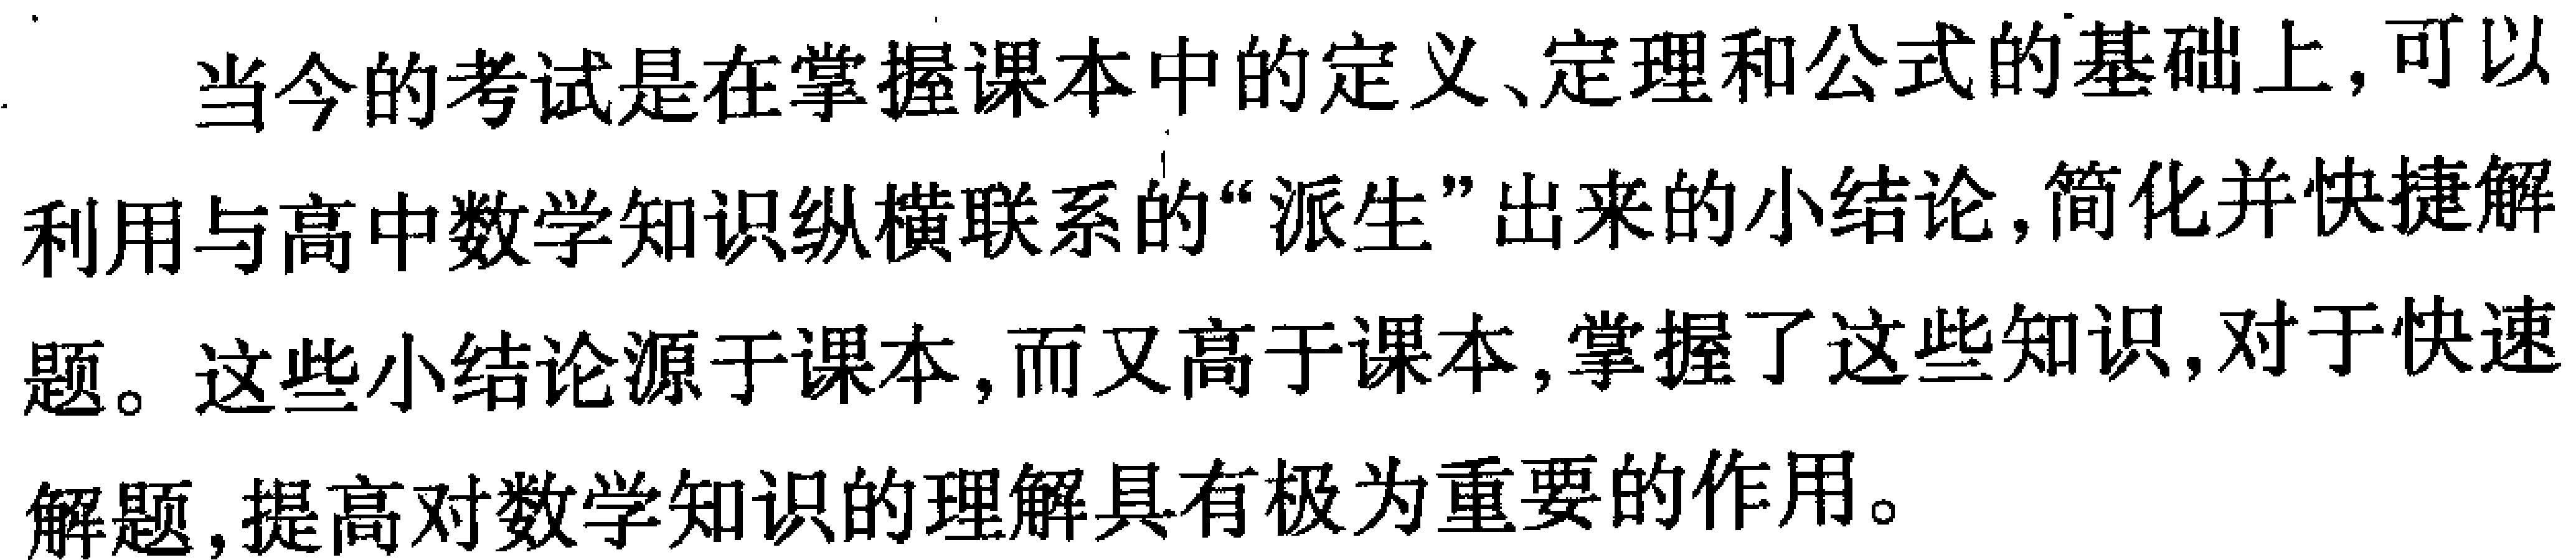
当今的考试是在掌握课本中的定义、定理和公式的基础上，可以利用与高中数学知识纵横联系的“派生”出来的小结论，简化并快捷解题。这些小结论源于课本，而又高于课本，掌握了这些知识，对于快速解题，提高对数学知识的理解具有极为重要的作用。